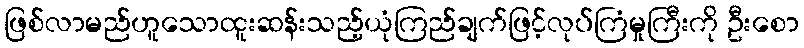
ဖြစ်လာမည်ဟူသောထူးဆန်းသည့်ယုံကြည်ချက်ဖြင့်လုပ်ကြံမှုကြီးကို ဦးစော